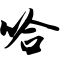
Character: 哈